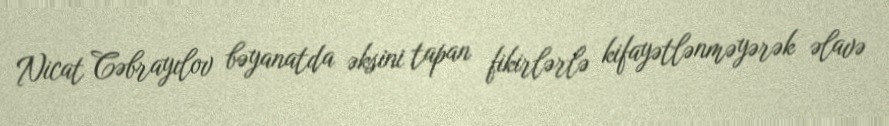
Nicat Cəbrayılov bəyanatda əksini tapan fikirlərlə kifayətlənməyərək əlavə